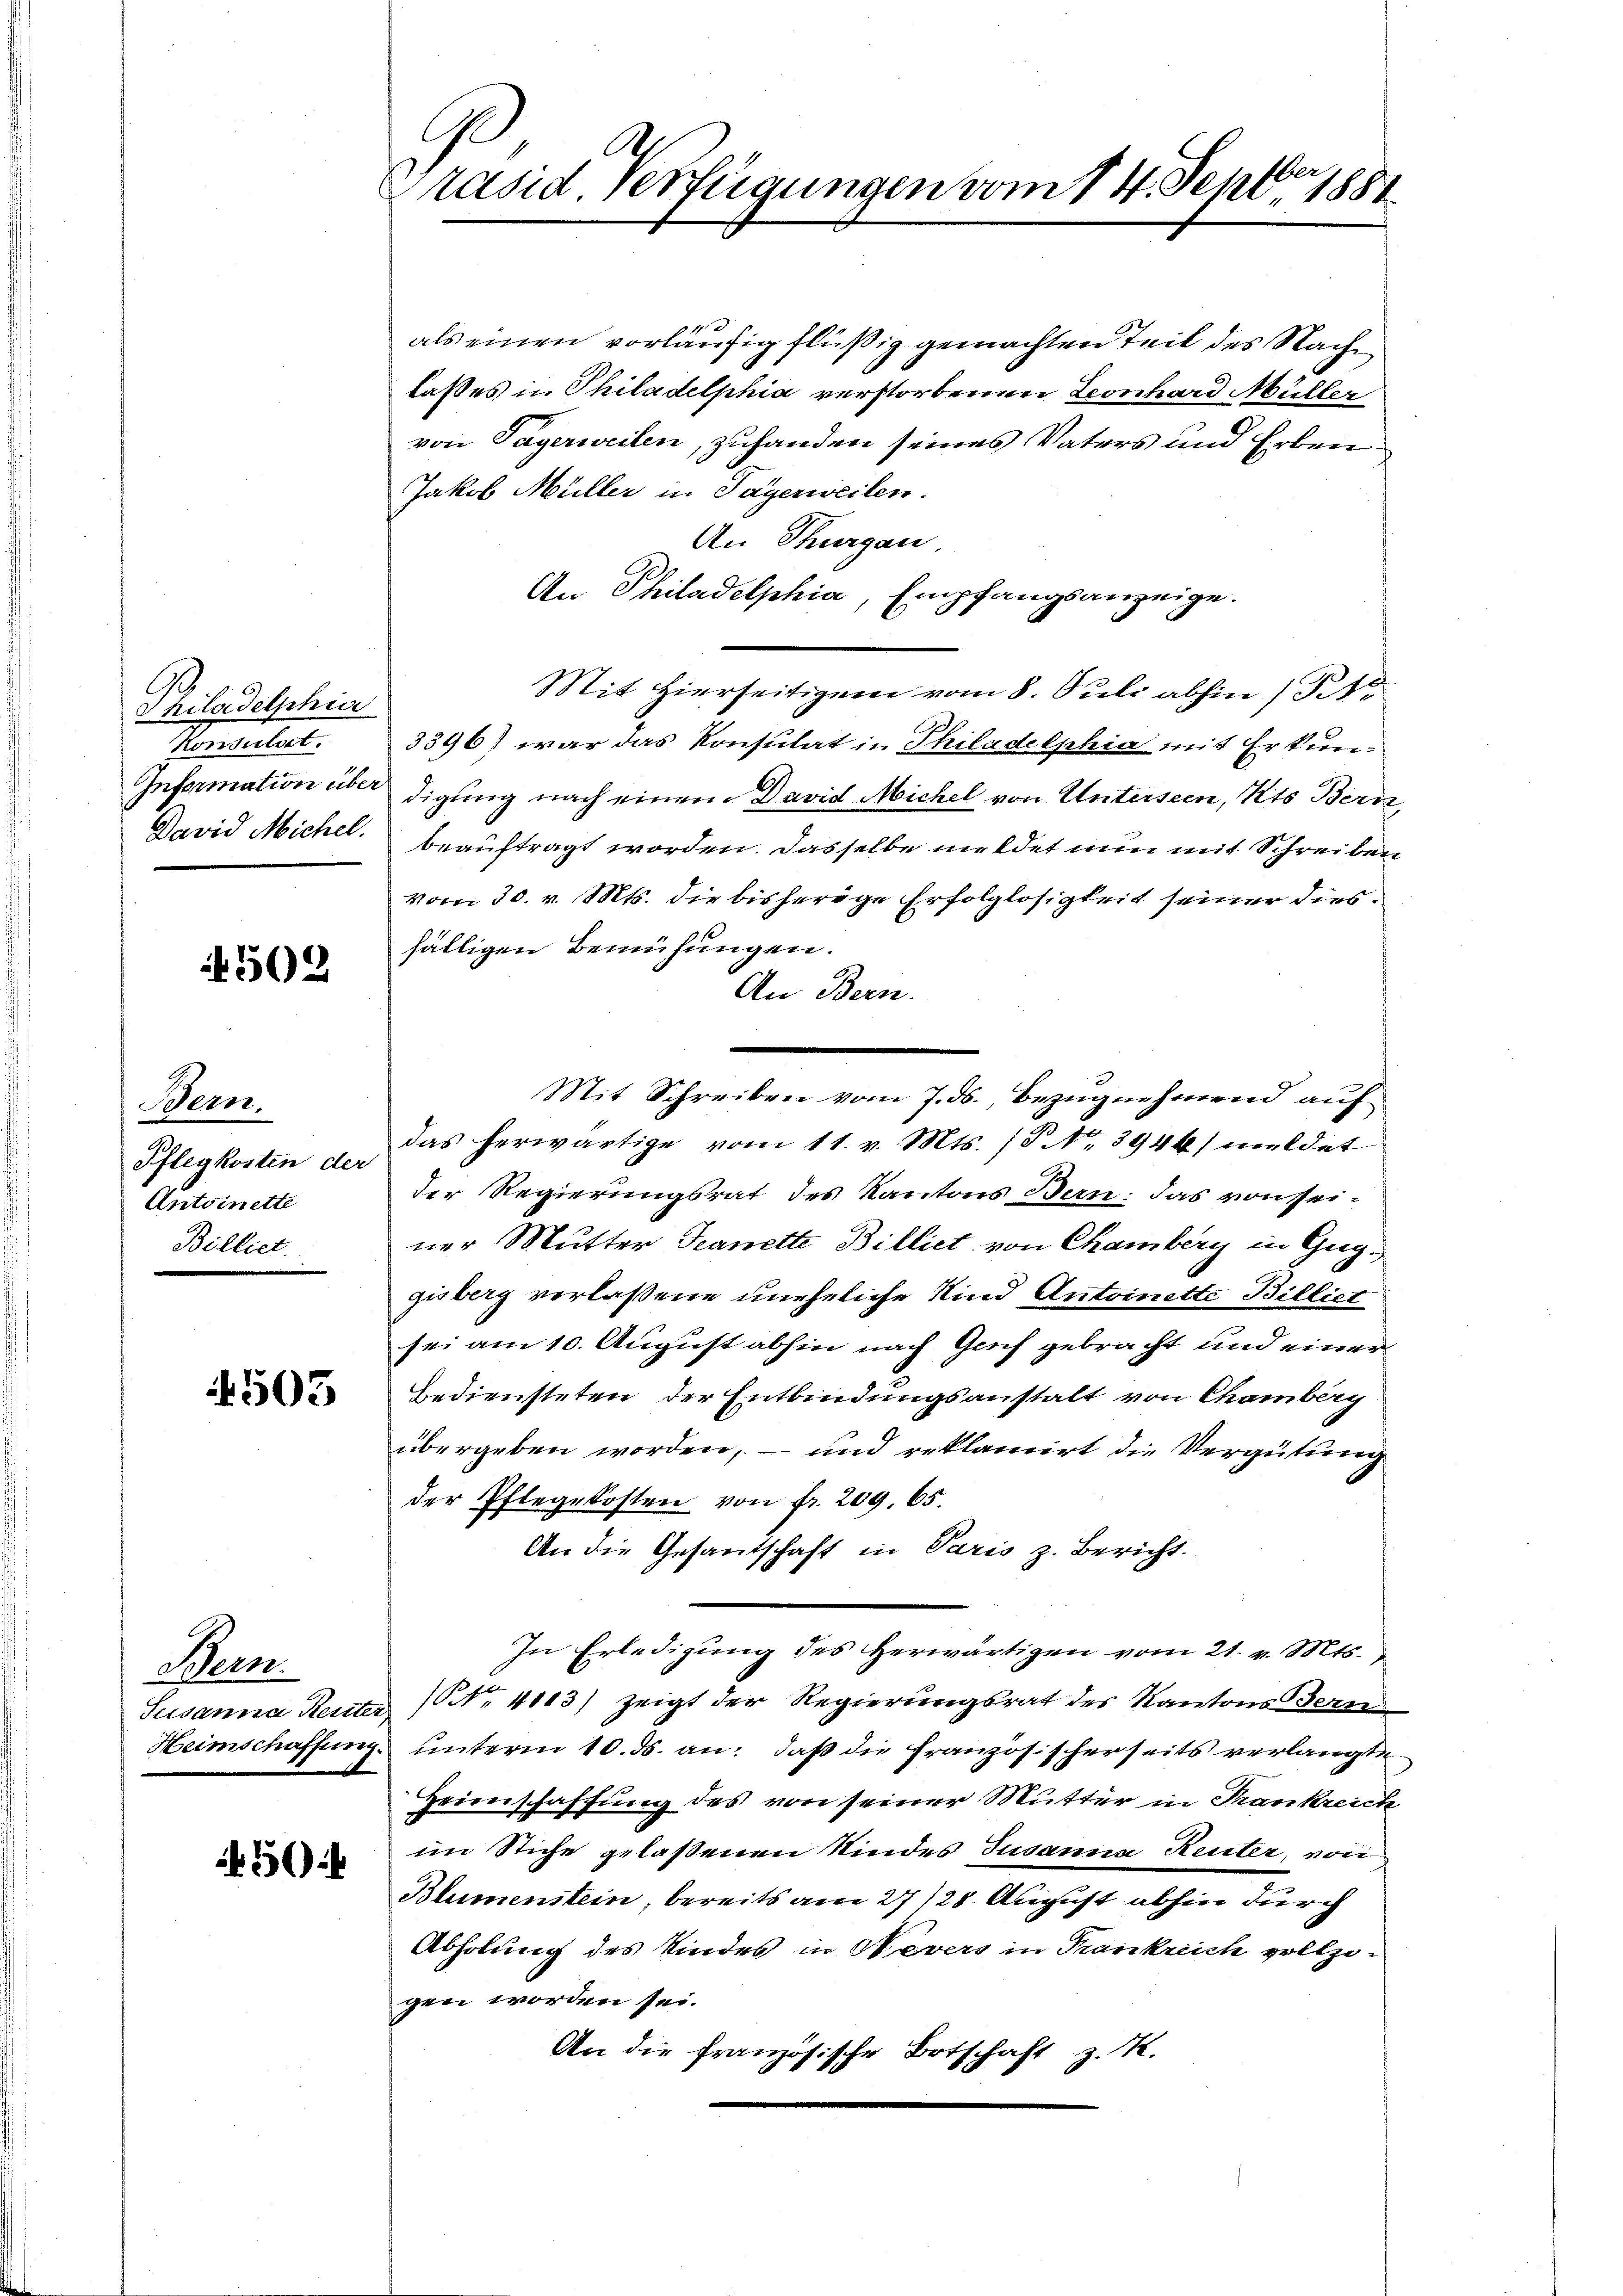
Philadelphier
Ventitel.
Information über
David Michel.

4502

Bern.
Pflegkosten der
Antoinette
Billiet.

4503

Muem.
Susanna Rente.
Heimschaffung.

50

Präsid. Verfügungen vom 14. Sept. 1881

als einen vorläufig flüßig gemachten Teil des Nach
laßes in Philadelphia verstorbenen Leonhard Müller
von Tägerweilen, zuhanden seines Vaters und Erben
Jakob Müller in Sagerweilen.
An Thurgau
An Philadelphia, Empfangsanzeige.
Mit Hierseitigen vom 8. Juli abhin 11
3396) war das Konsulat in Philadelphia mit Erkundigung nach einem David Michel von Untersein, Kts Bern,
beauftragt worden. Dasselbe meldet nun mit Schreiben
vom 30. v. Mts. die bisherige Erfolglosigkeit seiner diesfälligen Bemühungen.
An Bern.
Mit Schreiben vom 7. ds., Bezugnehmend auf
das herwärtige vom 11. v. Mts. (T. Nr. 3944/ meldet
der Regierungsrat des Kantons Bern: das von seiner Mutter Teanette Billiet von Chamberg in Gug
gisberg verlassene uneheliche Kind Antoinette Billiet
sei am 10. August abhin nach Genf gebracht und einer
Bediensteten der Entbindungsanstalt von Chamberg
übergeben worden, – und reklamirt die Vergütung
der Pflegekosten von fr. 209. 65.
An die Gesantschaft in Paris z. Bericht.
In Erledigung des Herwärtigen vom 21. v. Mts.
NNo. 4113) zeigt der Regierungsrat des Kantons Tern
 unterm 10. ds. an: daß die französischerseits verlangte
Heimschaffung des von seiner Mutter in Frankreich
im Stiche gelaßenen Kindes Susanna Reuter, von
Blumenstein, bereits am 27/28. August abhin durch
Abholung des Kindes in Nevers in Trankreich vollzo-
gen worden sei.
An die französische Botschaft z. K.